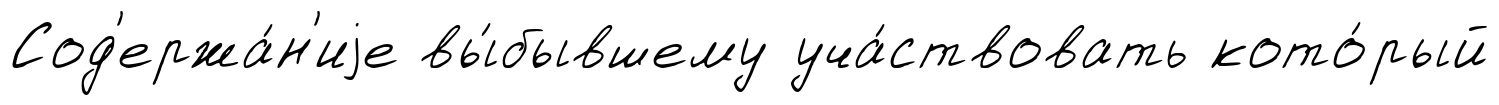
Сод'ержа́н'иjе вы́бывшему уча́ствовать кото́рый